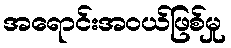
အရောင်းအဝယ်ဖြစ်မှု